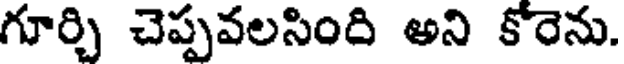
గూర్చి చెప్పవలసింది అని కోరెను.